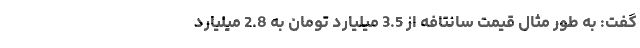
گفت: به طور مثال قیمت سانتافه از 3.5 میلیارد تومان به 2.8 میلیارد